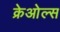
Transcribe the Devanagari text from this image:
क्रेओल्स